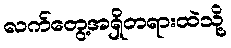
လက်တွေ့အရှိတရားထဲသို့